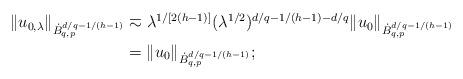
LaTeX: \begin{align*}\begin{aligned}\|u_{0,\lambda}\|_{\dot{B}^{d/q-1/(h-1)}_{q,p}}&\eqsim \lambda^{1/[2(h-1)]}(\lambda^{1/2})^{d/q-1/{(h-1)}-d/q}\|u_0\|_{\dot{B}^{d/q-1/(h-1)}_{q,p}}\\&=\|u_0\|_{{\dot{B}^{d/q-1/(h-1)}_{q,p}}};\end{aligned}\end{align*}